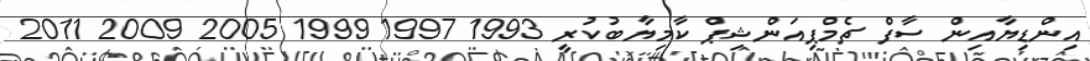
އިންޑިޔާއިން ސާފް ޗެމްޕިއަންޝިޕް ކާމިޔާބުކުރީ 1993 1997 1999 2005 2009 2011